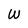
Character: W